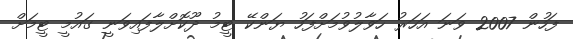
ފަހުން 2007 ވަނަ އަހަރު ހަވާލުވުމަށްފަހު ޔަންކޭ ޓީމު ދޫކޮށްލާފައިވަނީ ގައުމީ ޓީމަށް